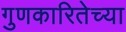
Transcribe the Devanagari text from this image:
गुणकारितेच्या